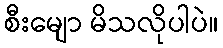
စီးမျော မိသလိုပါပဲ။